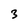
Character: 3